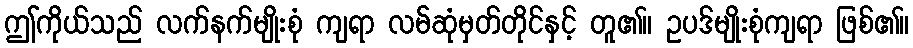
ဤကိုယ်သည် လက်နက်မျိုးစုံ ကျရာ လမ်ဆုံမှတ်တိုင်နှင့် တူ၏။ ဥပဒ်မျိုးစုံကျရာ ဖြစ်၏။